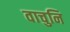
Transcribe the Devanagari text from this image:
वाचुनि